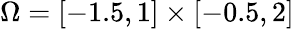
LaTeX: \Omega=[-1.5,1]\times[-0.5,2]